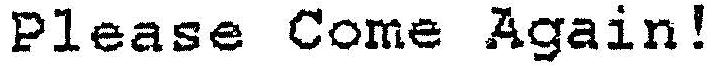
PLEASE COME AGAIN!